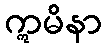
ဣမိနာ